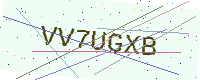
Text: VV7UGXB